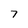
Character: 7